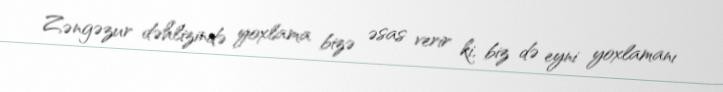
Zəngəzur dəhlizində yoxlama bizə əsas verir ki, biz də eyni yoxlamanı